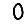
Digit: 0